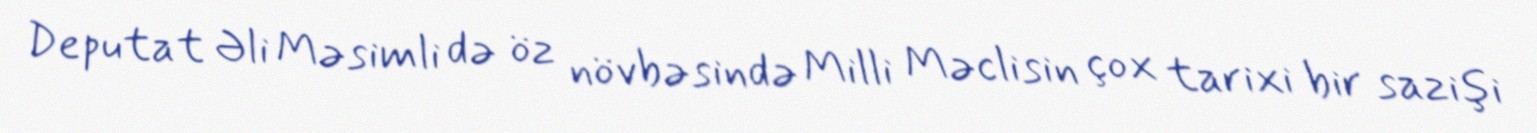
Deputat Əli Məsimli də öz növbəsində Milli Məclisin çox tarixi bir sazişi